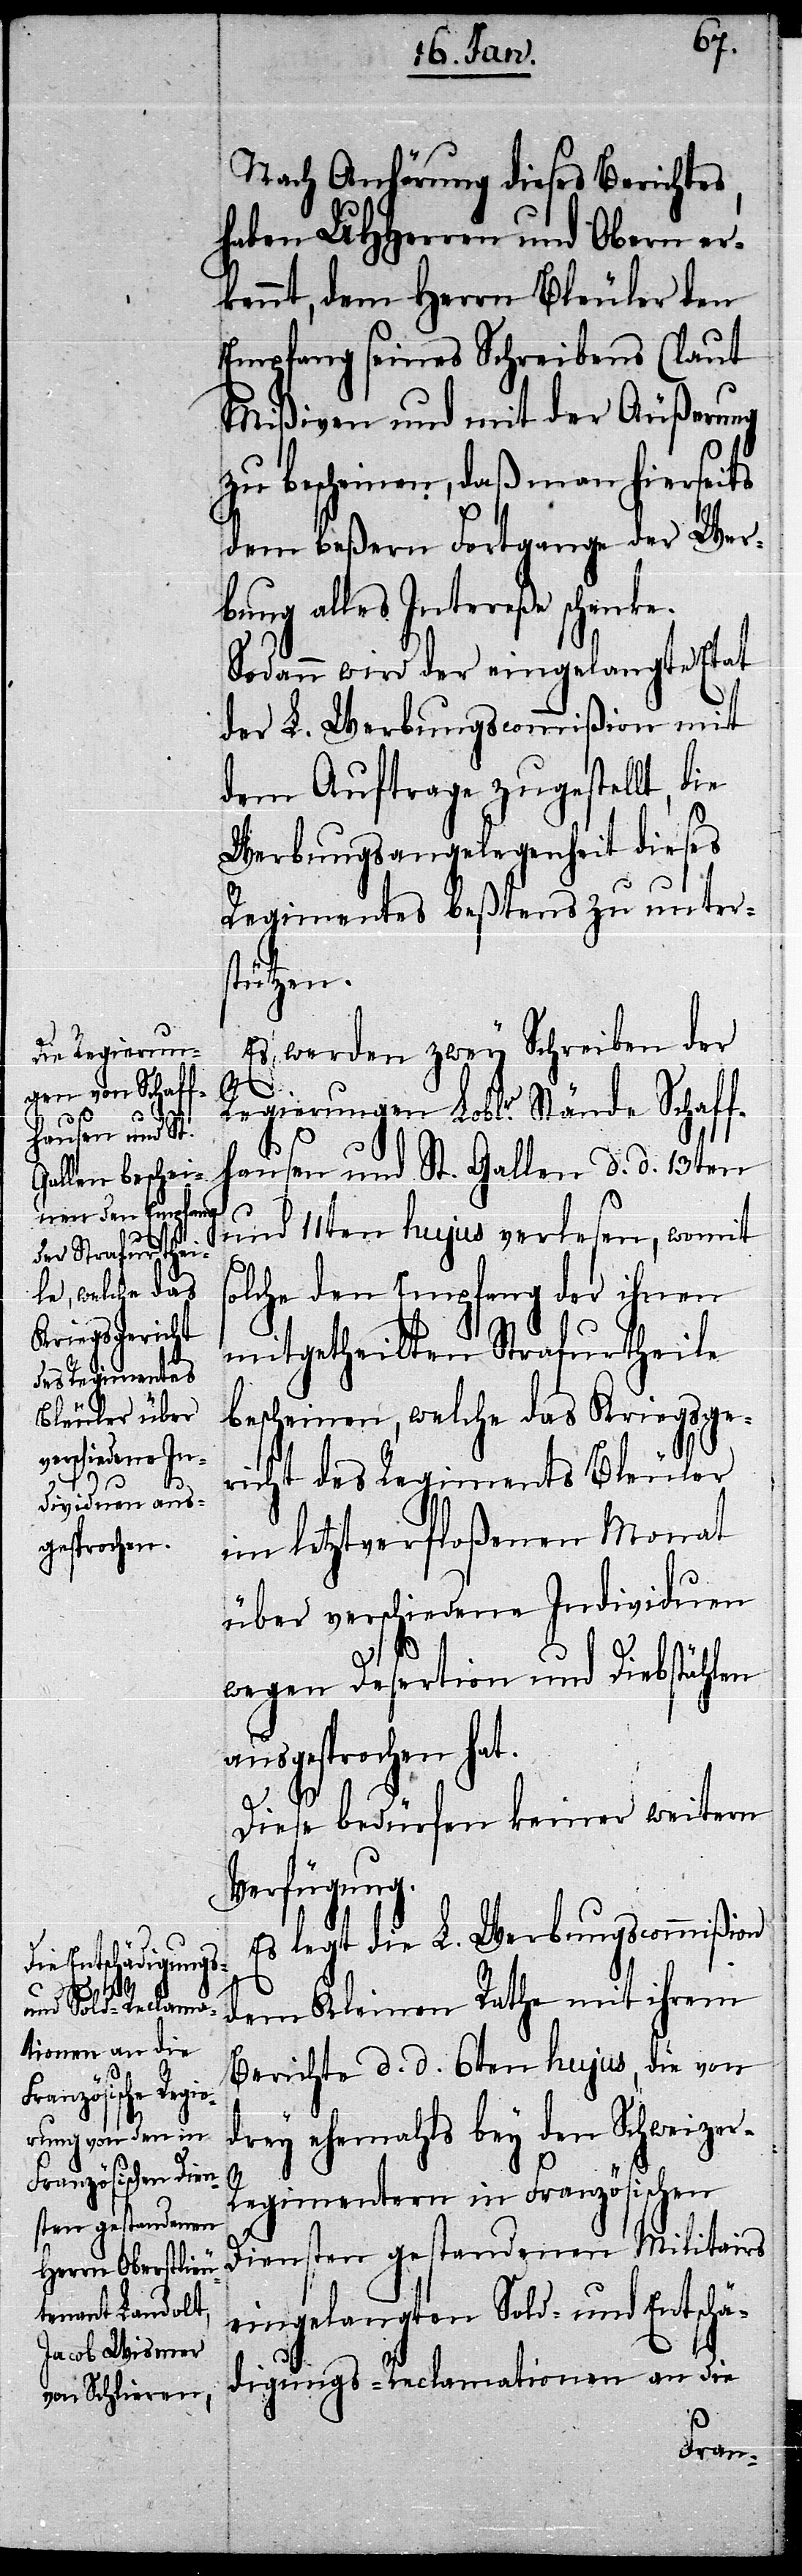
Nach Anhörung dieses Berichtes,
haben UHHerren und Obern er¬
kennt, dem Herrn Bleuler den
Empfang seines Schreibens (laut
Mißven[)] und mit der Äußerung
zu bescheinen, daß man hierseits
dem beßern Fortgange der Wer¬
bung alles Intereße schenke.
Sodann wird der eingelangte Etat
s¬
der L. Werbungscommißion mit
dem Auftrage zugestellt, die
Werbungsangelegenheit dieses
Regimentes beßtens zu unter¬
stützen.
Es werden zwey Schreiben der
Regierungen Lobl. Stände Schaff¬
hausen und St. Gallen d. d. 13ten
und 11ten hujus verlesen, womit
olche den Empfang der ihnen
mitgetheilten Strafurtheile
bescheinen, welche das Kriegsge¬
r-R¬
richt des Regiments Bleuler
im letztverfloßenen Monat
über verschiedene Individuen
wegen Desertion und Diebstählen
ausgesprochen hat.
Diese bedürfen keiner weitern
Verfügung.
Es legt die L. Werbungscommißion
dem Kleinen Rathe mit ihrem
Berichte d. d. 6ten hujus, die von
drey ehemahls bey den Schweize¬
egimentern in Französischen
Diensten gestandenen Militairs
eingelangten Sold- und Entschä¬
digungs-Reclamationen an die